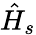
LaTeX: \hat{H}_{s}